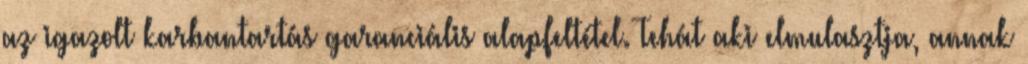
az igazolt karbantartás garanciális alapfeltétel. Tehát aki elmulasztja, annak